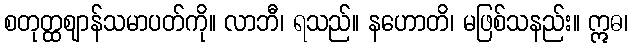
စတုတ္ထဈာန်သမာပတ်ကို။ လာဘီ၊ ရသည်။ နဟောတိ၊ မဖြစ်သနည်း။ ဣဓ၊